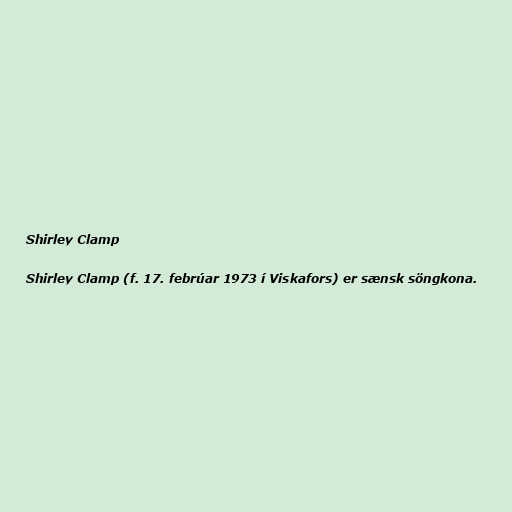
Shirley Clamp

Shirley Clamp (f. 17. febrúar 1973 í Viskafors) er sænsk söngkona.